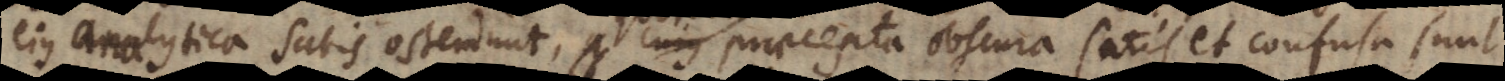
ejus Analytica satis ostendunt, quorum praecepta obscura satis et confusa sunt